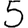
Digit: 5